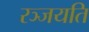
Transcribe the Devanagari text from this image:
रञ्जयति